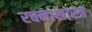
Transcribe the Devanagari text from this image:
रचनाशास्त्र